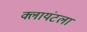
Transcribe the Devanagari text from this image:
क्लायंटला